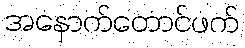
အနောက်တောင်ဖက်